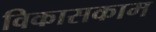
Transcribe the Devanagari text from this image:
विकासकाम